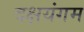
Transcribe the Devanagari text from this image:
दक्षयंगम